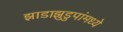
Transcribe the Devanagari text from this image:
झाडाझुडुपांमध्ये